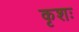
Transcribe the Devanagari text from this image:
कृशः